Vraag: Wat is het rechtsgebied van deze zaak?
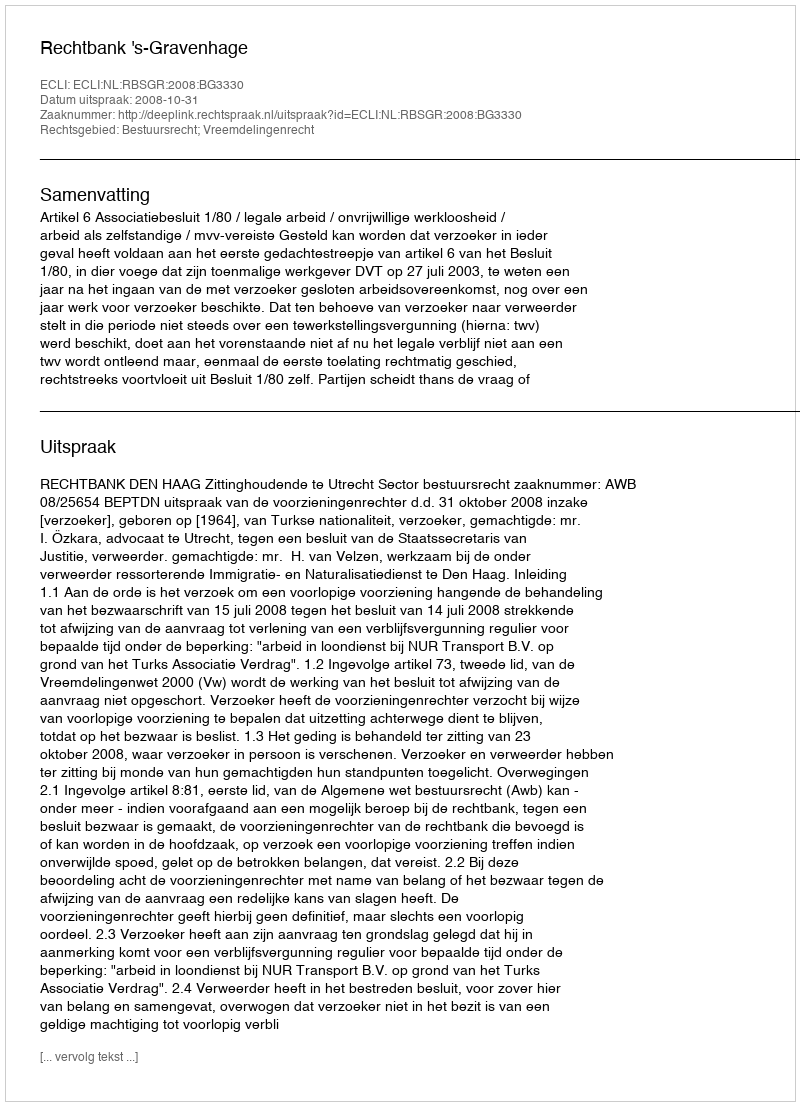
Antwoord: Bestuursrecht; Vreemdelingenrecht